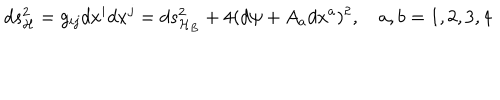
d s _ { \cal H } ^ { 2 } = g _ { i j } d x ^ { i } d x ^ { j } = d s _ { { \cal H } _ { B } } ^ { 2 } + 4 ( d \psi + A _ { a } d x ^ { a } ) ^ { 2 } , \quad a , b = 1 , 2 , 3 , 4